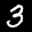
Label: 3